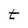
Character: t